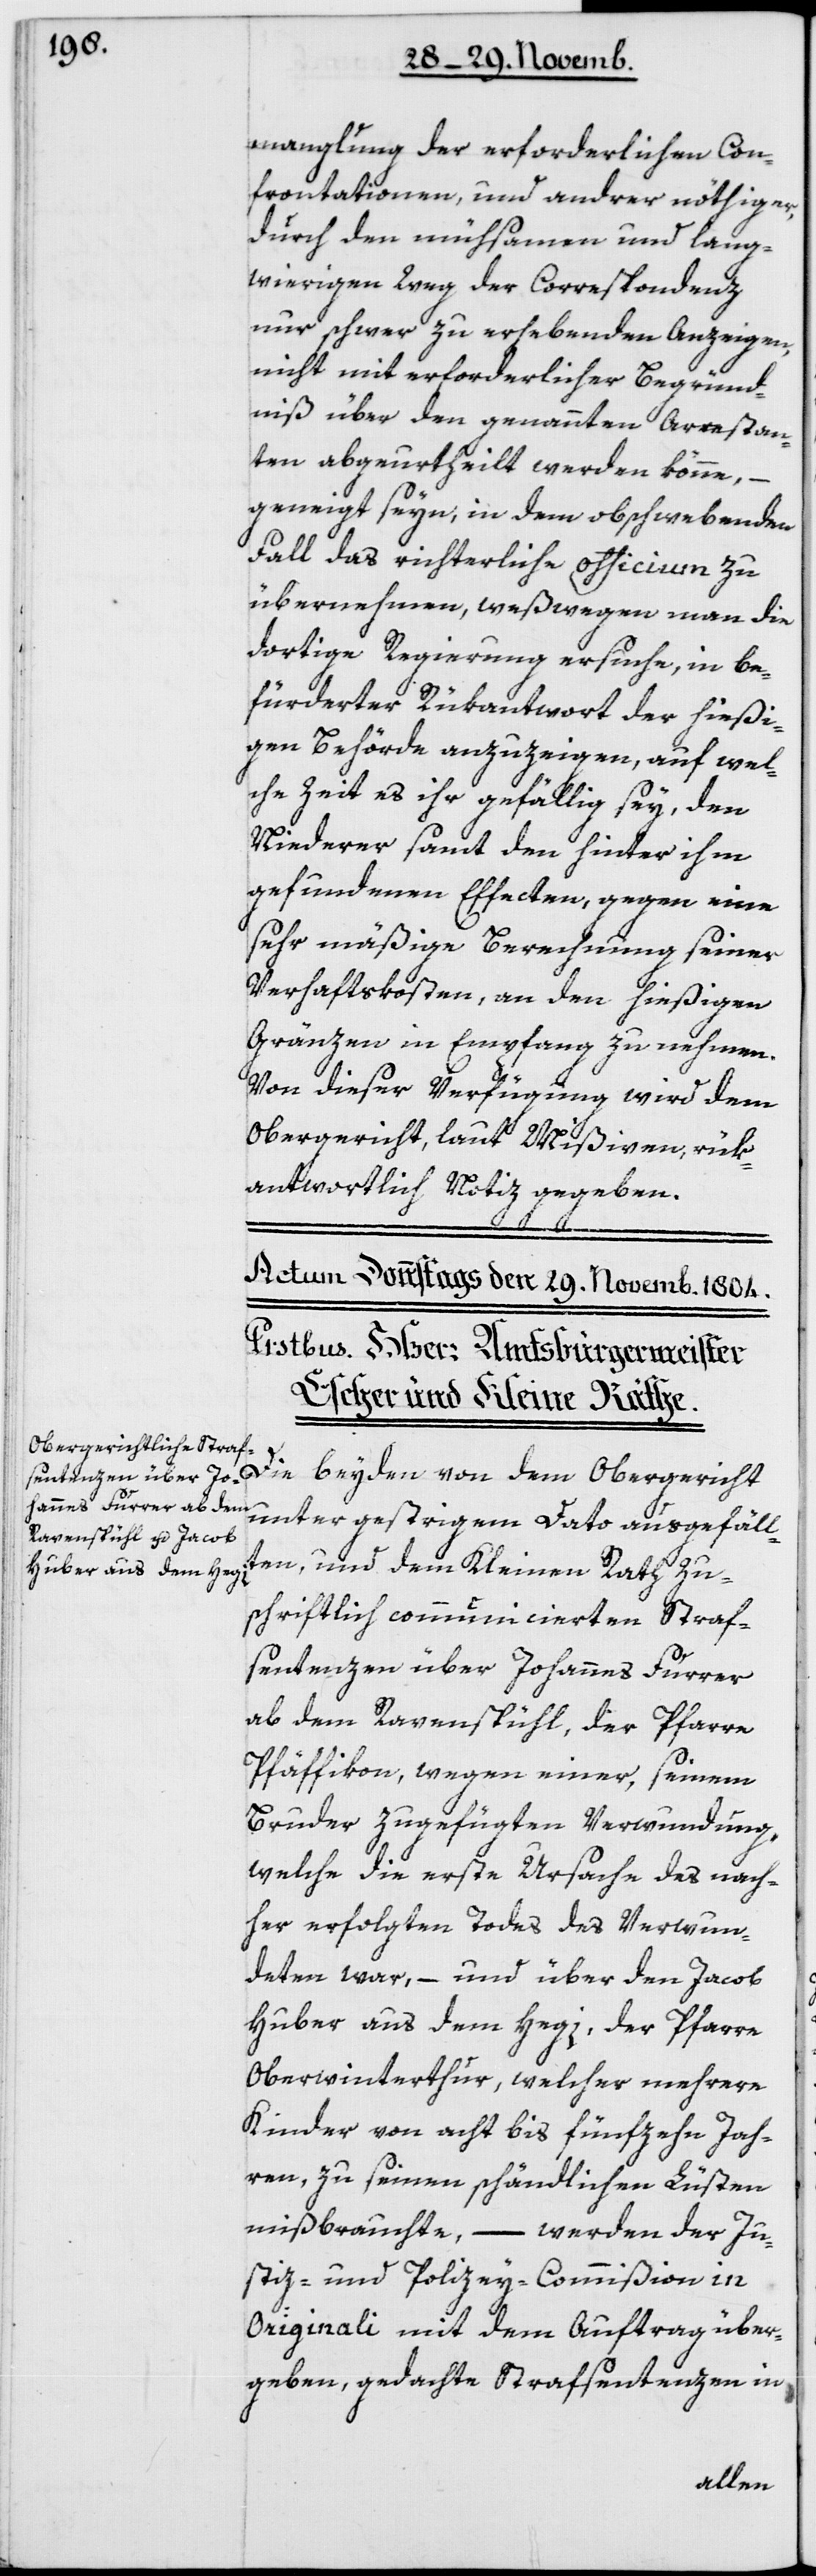
mangelung der erforderlichen Con¬
frontationen und anderer nöthiger,
durch den mühsamen und lang¬
wierigen Weg der Correspondenz
nur schwer zu erhebenden Anzeigen,
nicht mit erforderlicher Begründ¬
niß über den genannten Arrestan¬
ten abgeurtheilt werden könne, –
geneigt seyn, in dem obschwebenden
Fall das richterliche Officium zu
übernehmen, weswegen man die
dortige Regierung ersuche, in be¬
fürderter Rükantwort der hießi¬
gen Behörde anzuzeigen, auf wel¬
che Zeit es ihr gefällig sey, den
Niederer samt den hinter ihm
gefundenen Effecten, gegen eine
sehr mäßige Berechnung seiner
Verhaftskosten, an den hießigen
Gränzen in Empfang zu nehmen.
Von dieser Verfügung wird dem
Obergericht, laut Mißiven, rük¬
antwortlich Notiz gegeben.
Die beiden von dem Obergericht
unter gestrigem Dato ausgefällt¬
en, und dem Kleinen Rath zu¬
schriftlich communicierten Straf¬
sentenzen über Johannes Furrer
ab dem Ravenspühl, der Pfarre
Pfäffikon, wegen einer, seinem
Bruder zugefügten Verwundung,
welche die erste Ursache des nach¬
her erfolgten Todes des Verwun¬
deten war, – und über den Jacob
Huber aus dem Hegi, der Pfarre
Oberwinterthur, welcher mehrere
Kinder von acht bis fünfzehn Jah¬
ren, zu seinen schändlichen Lüsten
mißbrauchte, – werden der Ju¬
stiz- und Polizey-Commißion in
Originali mit dem Auftrag über¬
geben, gedachte Strafsentenzen in